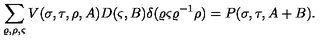
\sum _ { \varrho , \rho , \varsigma } V ( \sigma , \tau , \rho , A ) D ( \varsigma , B ) \delta ( \varrho \varsigma \varrho ^ { - 1 } \rho ) = P ( \sigma , \tau , A + B ) .